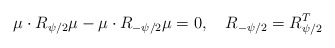
\begin{align*}\mu\cdot R_{\psi/2}\mu -\mu\cdot R_{-\psi/2}\mu=0,\quad R_{-\psi/2}=R_{\psi/2}^T\end{align*}